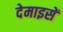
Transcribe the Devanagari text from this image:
देमाइसें